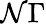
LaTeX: \mathcal{N}\Gamma